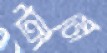
ট্রামে